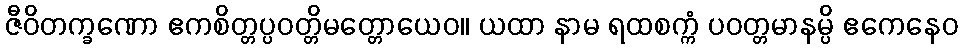
ဇီဝိတက္ခဏော ဧကစိတ္တပ္ပဝတ္တိမတ္တောယေဝ။ ယထာ နာမ ရထစက္ကံ ပဝတ္တမာနမ္ပိ ဧကေနေဝ